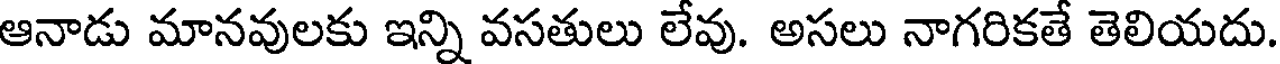
ఆనాడు మానవులకు ఇన్ని వసతులు లేవు. అసలు నాగరికతే తెలియదు.